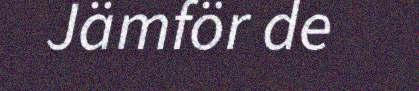
Jämför de